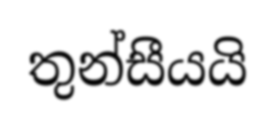
තුන්සීයයි